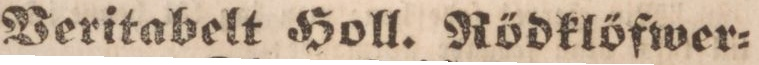
Veritabelt Holl. Rödklöfwer=